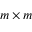
m \times m